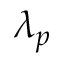
\lambda _ { p }